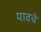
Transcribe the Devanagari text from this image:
यावचे